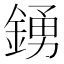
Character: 𮢛